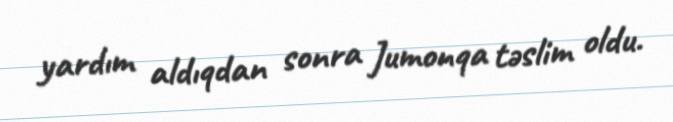
yardım aldıqdan sonra Jumonqa təslim oldu.